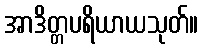
အာဒိတ္တပရိယာယသုတ်။